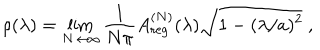
LaTeX: \rho ( \lambda ) = \lim _ { N \to \infty } \frac { 1 } { N \pi } A _ { \mathrm { r e g } } ^ { ( N ) } ( \lambda ) \sqrt { 1 - ( \lambda / a ) ^ { 2 } } \ ,